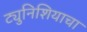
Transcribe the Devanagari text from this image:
ट्युनिशियाचा